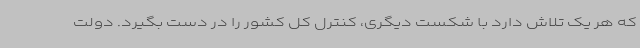
که هر یک تلاش دارد با شکست دیگری، کنترل کل کشور را در دست بگیرد. دولت